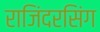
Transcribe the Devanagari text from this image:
राजिंदरसिंग